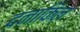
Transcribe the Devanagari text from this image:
दनाकिल